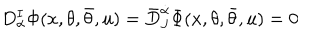
D _ { \alpha } ^ { I } \Phi ( x , \theta , \bar { \theta } , u ) = \bar { D } _ { J } ^ { \dot { \alpha } } \Phi ( x , \theta , \bar { \theta } , u ) = 0